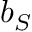
b _ { S }